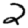
Digit: 2